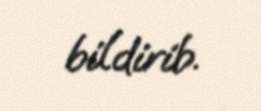
bildirib.